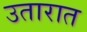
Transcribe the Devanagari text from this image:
उतारात